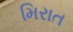
મિરાત